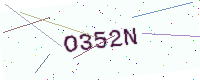
Text: O352N